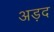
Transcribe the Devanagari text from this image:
अड़द